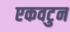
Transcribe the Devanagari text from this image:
एकवटुन